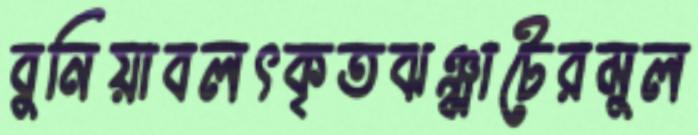
বুনিয়াবলৎকৃতঝঞ্ঝাটেরমুল